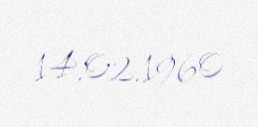
14.02.1960